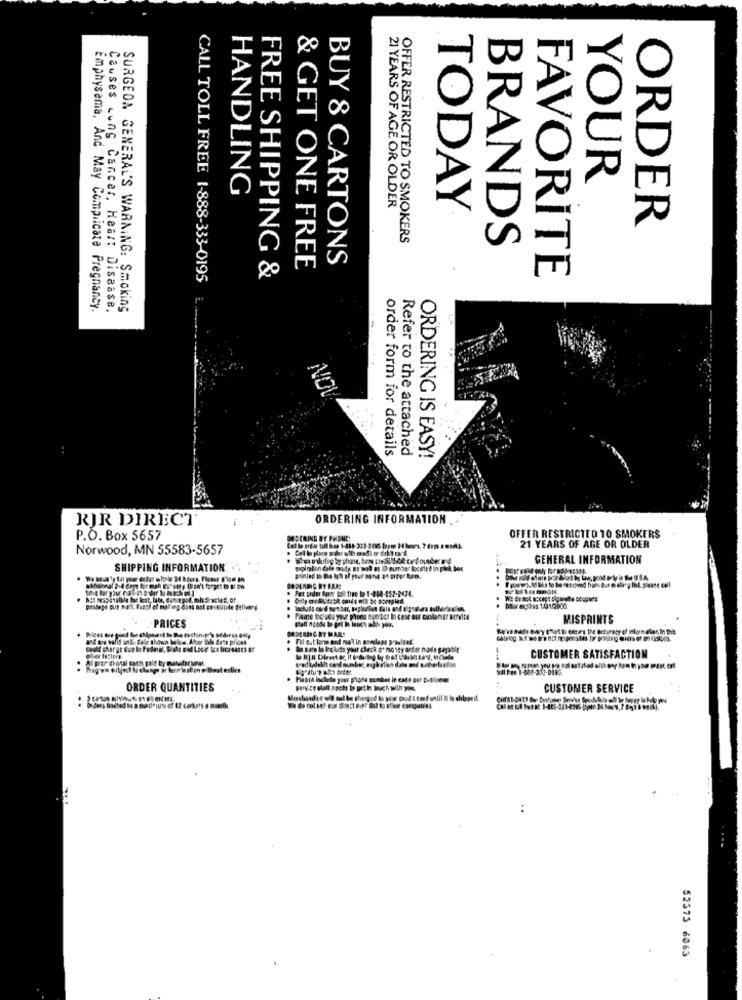
YOUR
HANDLING
21 YEARS OF AGE OR OLDER
TODAY
ORDER
OFFER RESTRICTED TO SMOKERS
BRANDS
BUY & CARTONS
& GET ONE FREE
CALL TOLL FREE 1-888-333-0195
FREE SHIPPING &
FAVORITE
Emphysema, And May Complicate Pregnancy.
Causes Lung Cancer, Heart Disease.
SURGEON GENERAL'S WARNING: Smoking
NOL
order form for details
Refer to the attached
ORDERING IS EASY!
RJR DIRECT
1:44
ORDERING INFORMATION .
P.O. Box 5657
DO DERING BY PHONE:
OFFER RESTRICTED TO SMOKERS
Norwood, MN 55583-5657
21 YEARS OF AGE OR OLDER
GENERAL INFORMATION
SHIPPING INFORMATION
popinion dale mody 85 mal mo ID number located In plek Dos
OD DERENIG BT FAN!
Fax prder foot 150 free b 1-418-652-2474.
Only GreatAtbk cards nfl be poorgled.
paslege But well, Facol of malhing does not conblilite delivery
PRICES
MISPRINTS
NO DERING BY MAR!
! as valid und. Bele shown below. Atter Bile Best prices
Fil est lors and mal in onedepo prasfeed.
Ba sare lo Include your check o' moiy Beber made sayable
CUSTOMER SATISFACTION
Al pror shotal cach pold ty monatschner.
Soll Fee 1-808-211-0182
ORDER QUANTITIES
CUSTOMER SERVICE
..
curst-out! I Owhumes Bene
----
..
52573 6063